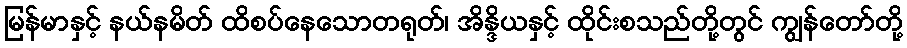
မြန်မာနှင့် နယ်နမိတ် ထိစပ်နေသောတရုတ်၊ အိန္ဒိယနှင့် ထိုင်းစသည်တို့တွင် ကျွန်တော်တို့